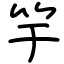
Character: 竽